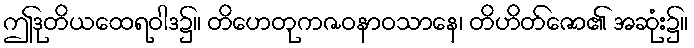
ဤဒုတိယထေရဝါဒ၌။ တိဟေတုကဇဝနာဝသာနေ၊ တိဟိတ်ဇော၏ အဆုံး၌။